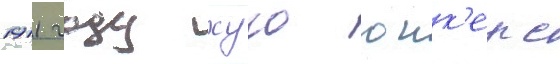
1911 году хуго юнк'ерс